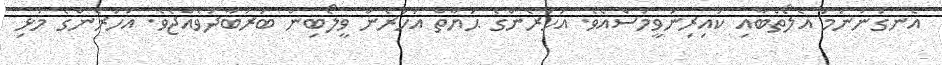
އެނގުނުނަމަ އެލޯތްބާއި ކައިރިނުވީމުސްއެވެ. އަހަރެންގެ ޙަޔާތް އަހަރެން ވީލޯބިން ބަރުބާދުވެއްޖެވެ. އަހަރެންގެ މުޅި